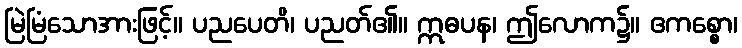
မြဲမြံသောအားဖြင့်။ ပညပေတိ၊ ပညတ်၏။ ဣဓပန၊ ဤလောက၌။ ဧကစ္စော၊